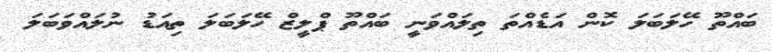
ބައްތޫ ހޭލަބަލަ ކޮން އަޑެއްތަ ތިލައްވަނީ ބައްތޫ ޕްލީޒް ހޭލަބަލަ ތިއަޑު ނުލައްވަބަލަ